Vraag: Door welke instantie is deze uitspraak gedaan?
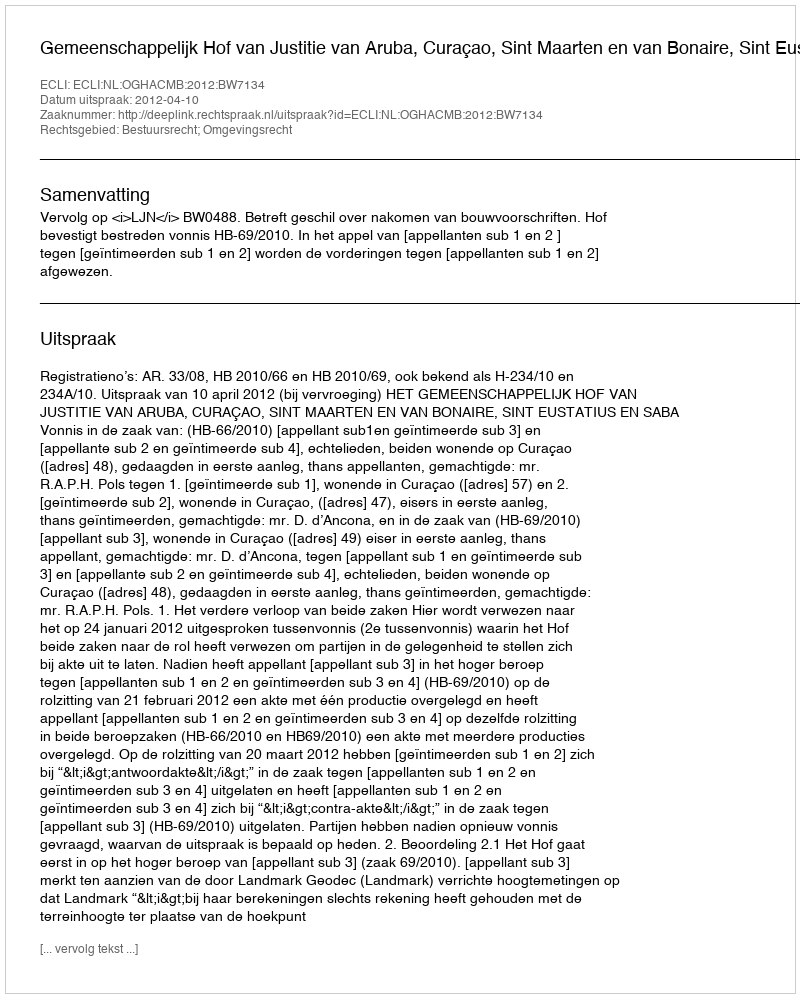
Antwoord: Gemeenschappelijk Hof van Justitie van Aruba, Curaçao, Sint Maarten en van Bonaire, Sint Eustatius en Saba